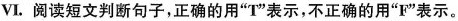
Ⅵ.阅读短文判断句子,正确的用"T"表示,不正确的用"F"表示。